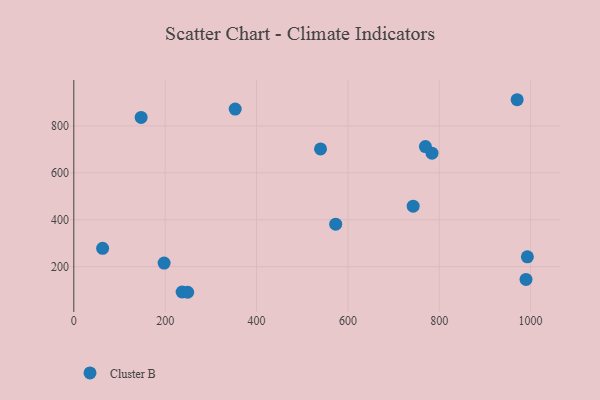
{"axis": {"x": "Ad Spend", "y": "Salary"}, "legend": ["Cluster B"], "data": [{"x": "237.1", "y": 92.0, "type": "Cluster B"}, {"x": "573.3", "y": 380.9, "type": "Cluster B"}, {"x": "989.9", "y": 145.7, "type": "Cluster B"}, {"x": "970.5", "y": 911.5, "type": "Cluster B"}, {"x": "992.9", "y": 241.9, "type": "Cluster B"}, {"x": "784.1", "y": 683.5, "type": "Cluster B"}, {"x": "353.3", "y": 871.6, "type": "Cluster B"}, {"x": "540.1", "y": 701.6, "type": "Cluster B"}, {"x": "63.1", "y": 278.1, "type": "Cluster B"}, {"x": "147.4", "y": 836.1, "type": "Cluster B"}, {"x": "197.7", "y": 215.2, "type": "Cluster B"}, {"x": "249.3", "y": 90.8, "type": "Cluster B"}, {"x": "742.9", "y": 457.8, "type": "Cluster B"}, {"x": "769.7", "y": 711.6, "type": "Cluster B"}]}